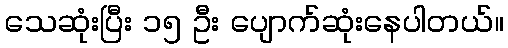
သေဆုံးပြီး ၁၅ ဦး ပျောက်ဆုံးနေပါတယ်။